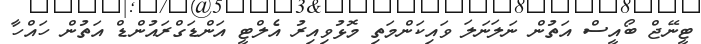
ޓީނޭޖް ބޯއީސް އަތުން ނަލަނަލަ ވައިކަންމަތި މޮޅުވިއިރު އެލްޓީ އަންޑަގްރައުންޑް އަތުން ހައްހާ